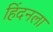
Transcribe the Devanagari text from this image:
हिंदनला